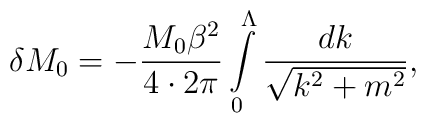
\delta M_0=-\frac{M_0\beta^2}{4\cdot2\pi}\int\limits_0^\Lambda\frac{dk}{\sqrt{k^2+m^2}},